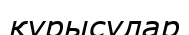
құрысулар